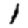
Digit: 1